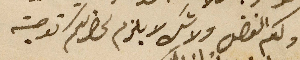
ولكم الفضل ولا شك لا يلزم لحضرتكم توصية